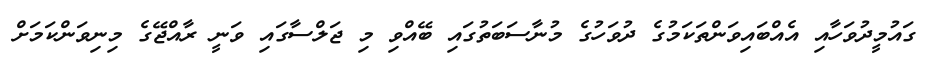
ގައުމީދުވަހާއި އެއްބައިވަންތަކަމުގެ ދުވަހުގެ މުނާސަބަތުގައި ބޭއްވި މި ޖަލްސާގައި ވަނީ ރާއްޖޭގެ މިނިވަންކަމަށް